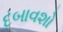
દબાવશો